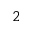
^ 2